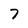
Character: 7